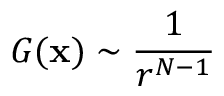
G ( \mathbf { x } ) \sim \frac { 1 } { r ^ { N - 1 } }